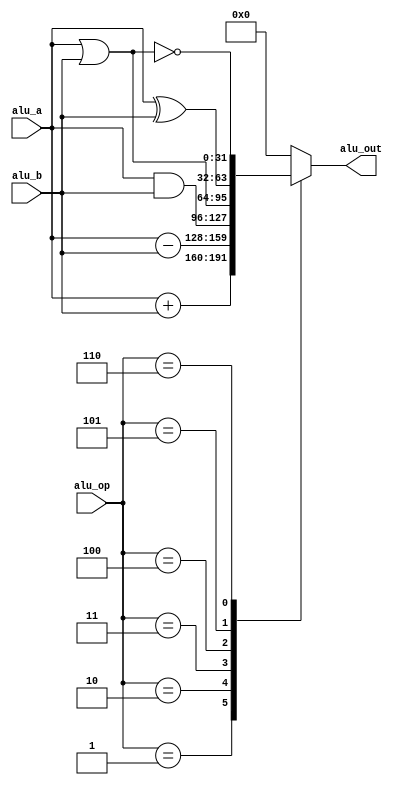
`timescale 1ns / 1ps
module ALU (
    input   signed  [31:0]  alu_a,
    input   signed  [31:0]  alu_b,
    input           [4:0]   alu_op,
    output  reg     [31:0]  alu_out
);

parameter	A_NOP	= 5'h00;
parameter	A_ADD	= 5'h01;
parameter	A_SUB	= 5'h02;
parameter	A_AND   = 5'h03;
parameter	A_OR    = 5'h04;
parameter	A_XOR   = 5'h05;
parameter	A_NOR   = 5'h06;

wire signed [31:0] alu_nop_out, alu_add_out, alu_sub_out, alu_and_out, alu_or_out, alu_xor_out, alu_nor_out;

assign alu_nop_out = 0;
assign alu_add_out = alu_a + alu_b;
assign alu_sub_out = alu_a - alu_b;
assign alu_and_out = alu_a & alu_b;
assign alu_or_out  = alu_a | alu_b;
assign alu_xor_out = alu_a ^ alu_b;
assign alu_nor_out = ~(alu_a | alu_b);

always@(*) begin
  case (alu_op)
    A_NOP : alu_out <= alu_nop_out;
    A_ADD : alu_out <= alu_add_out;
    A_SUB : alu_out <= alu_sub_out;
    A_AND : alu_out <= alu_and_out;
    A_OR  : alu_out <= alu_or_out;
    A_XOR : alu_out <= alu_xor_out;
    A_NOR : alu_out <= alu_nor_out;
    default: alu_out <= alu_nop_out;
  endcase
end

endmodule // ALU